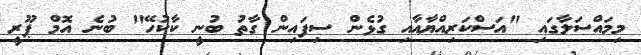
މިމައްސަލާގައި "އަސްކަރިއްޔާއާއި ގުޅެން ސިފައިން ގާތު ބުނީ ކާކުހޭ" ބުނެ އޮމް ޕޫރީ